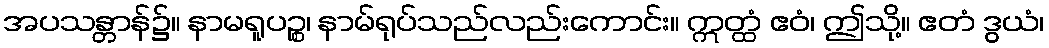
အပသန္တာန်၌။ နာမရူပဉ္စ၊ နာမ်ရုပ်သည်လည်းကောင်း။ ဣတ္ထံ ဧဝံ၊ ဤသို့။ ဧတံ ဒွယံ၊